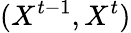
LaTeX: (X^{t-1},X^{t})